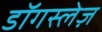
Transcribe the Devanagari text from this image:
डॉगस्लेज़